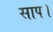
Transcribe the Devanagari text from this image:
साप।